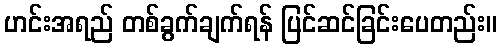
ဟင်းအရည် တစ်ခွက်ချက်ရန် ပြင်ဆင်ခြင်းပေတည်း။